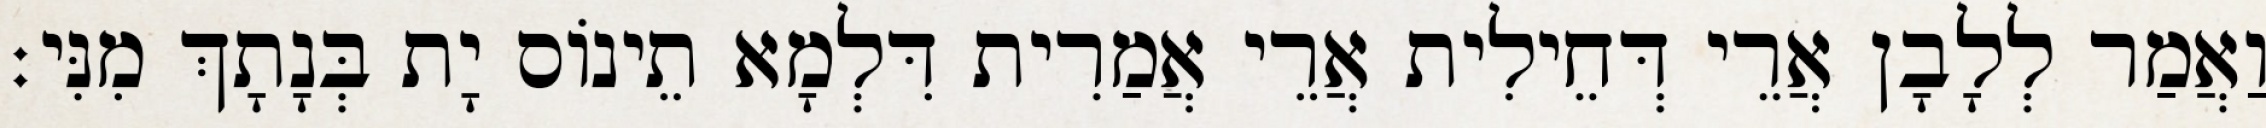
וַאֲמַר לְלָבָן אֲרֵי דְּחֵילִית אֲרֵי אֲמַרִית דִּלְמָא תֵינוֹס יָת בְּנָתָךְ מִנִּי׃